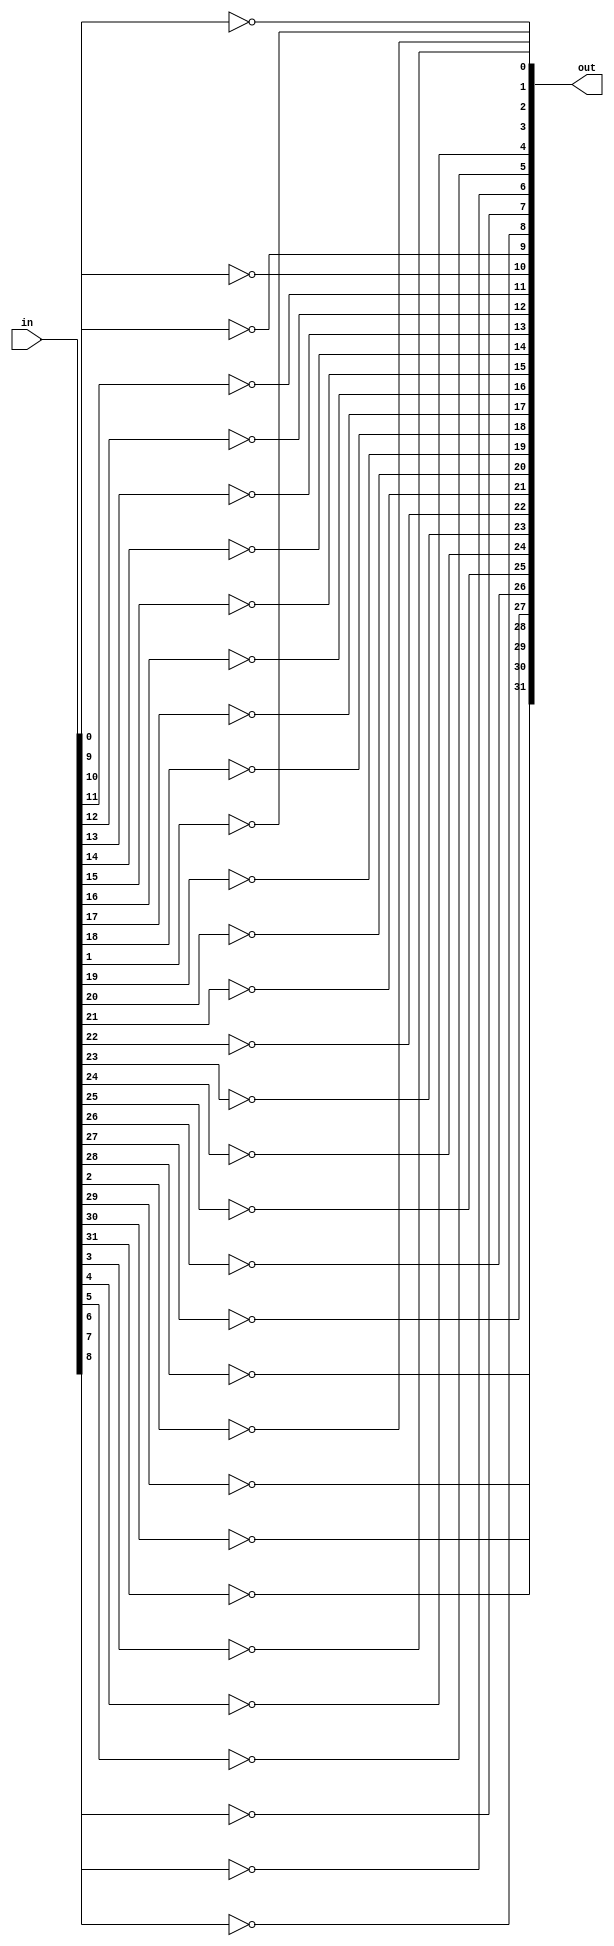
`timescale 1ns / 1ps
//////////////////////////////////////////////////////////////////////////////////
// Company: 
// Engineer: 
// 
// Design Name: 
// Module Name: bw_not
// Project Name: 
// Target Devices: 
// Tool Versions: 
// Description: 
// 
// Dependencies: 
// 
// Revision:
// Revision 0.01 - File Created
// Additional Comments:
// 
//////////////////////////////////////////////////////////////////////////////////


module bw_not(out, in);

parameter WIDTH = 32;

output [WIDTH-1:0] out;
input [WIDTH-1:0] in;

genvar i;
generate
for (i = 0; i < WIDTH; i=i+1)begin
    not ins (out[i], in[i]);
end
endgenerate
endmodule